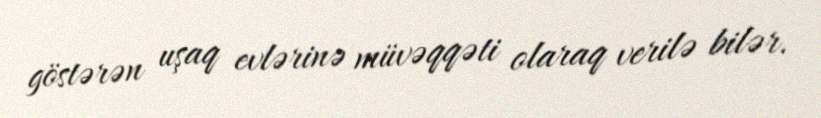
göstərən uşaq evlərinə müvəqqəti olaraq verilə bilər.